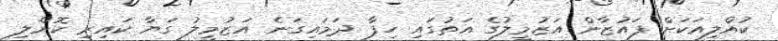
ކުއްލިއަކަށް ފައުޒާން އަޒުމީލުގެ އަތުގައި ހިފާ ދަމައިގަނެ އަޒުމީލު ގަޔާ ކައިރި ކޮށްލި